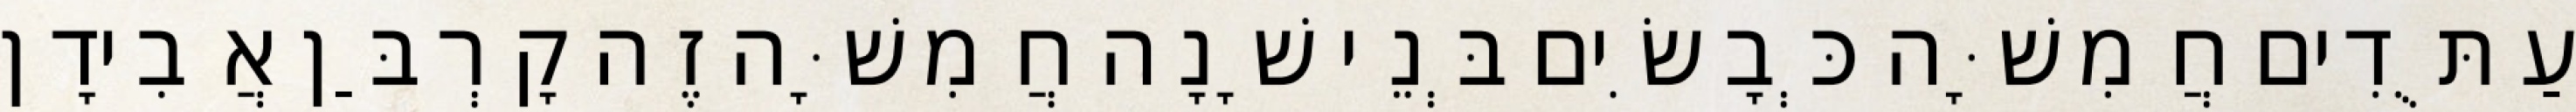
עַתֻּדִים חֲמִשָּׁה כְּבָשִׂים בְּנֵי שָׁנָה חֲמִשָּׁה זֶה קָרְבַּן אֲבִידָן